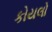
કોયલો